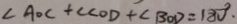
\angle A O C + \angle C O D + \angle B O D = 1 8 0 ^ { \circ } .